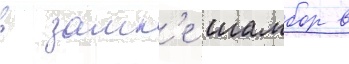
в замк'е шамбор в